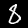
Digit: 8